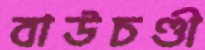
বাউচণ্ডী